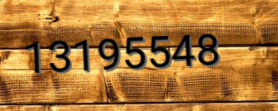
13195548